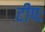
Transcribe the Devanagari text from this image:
टीपः